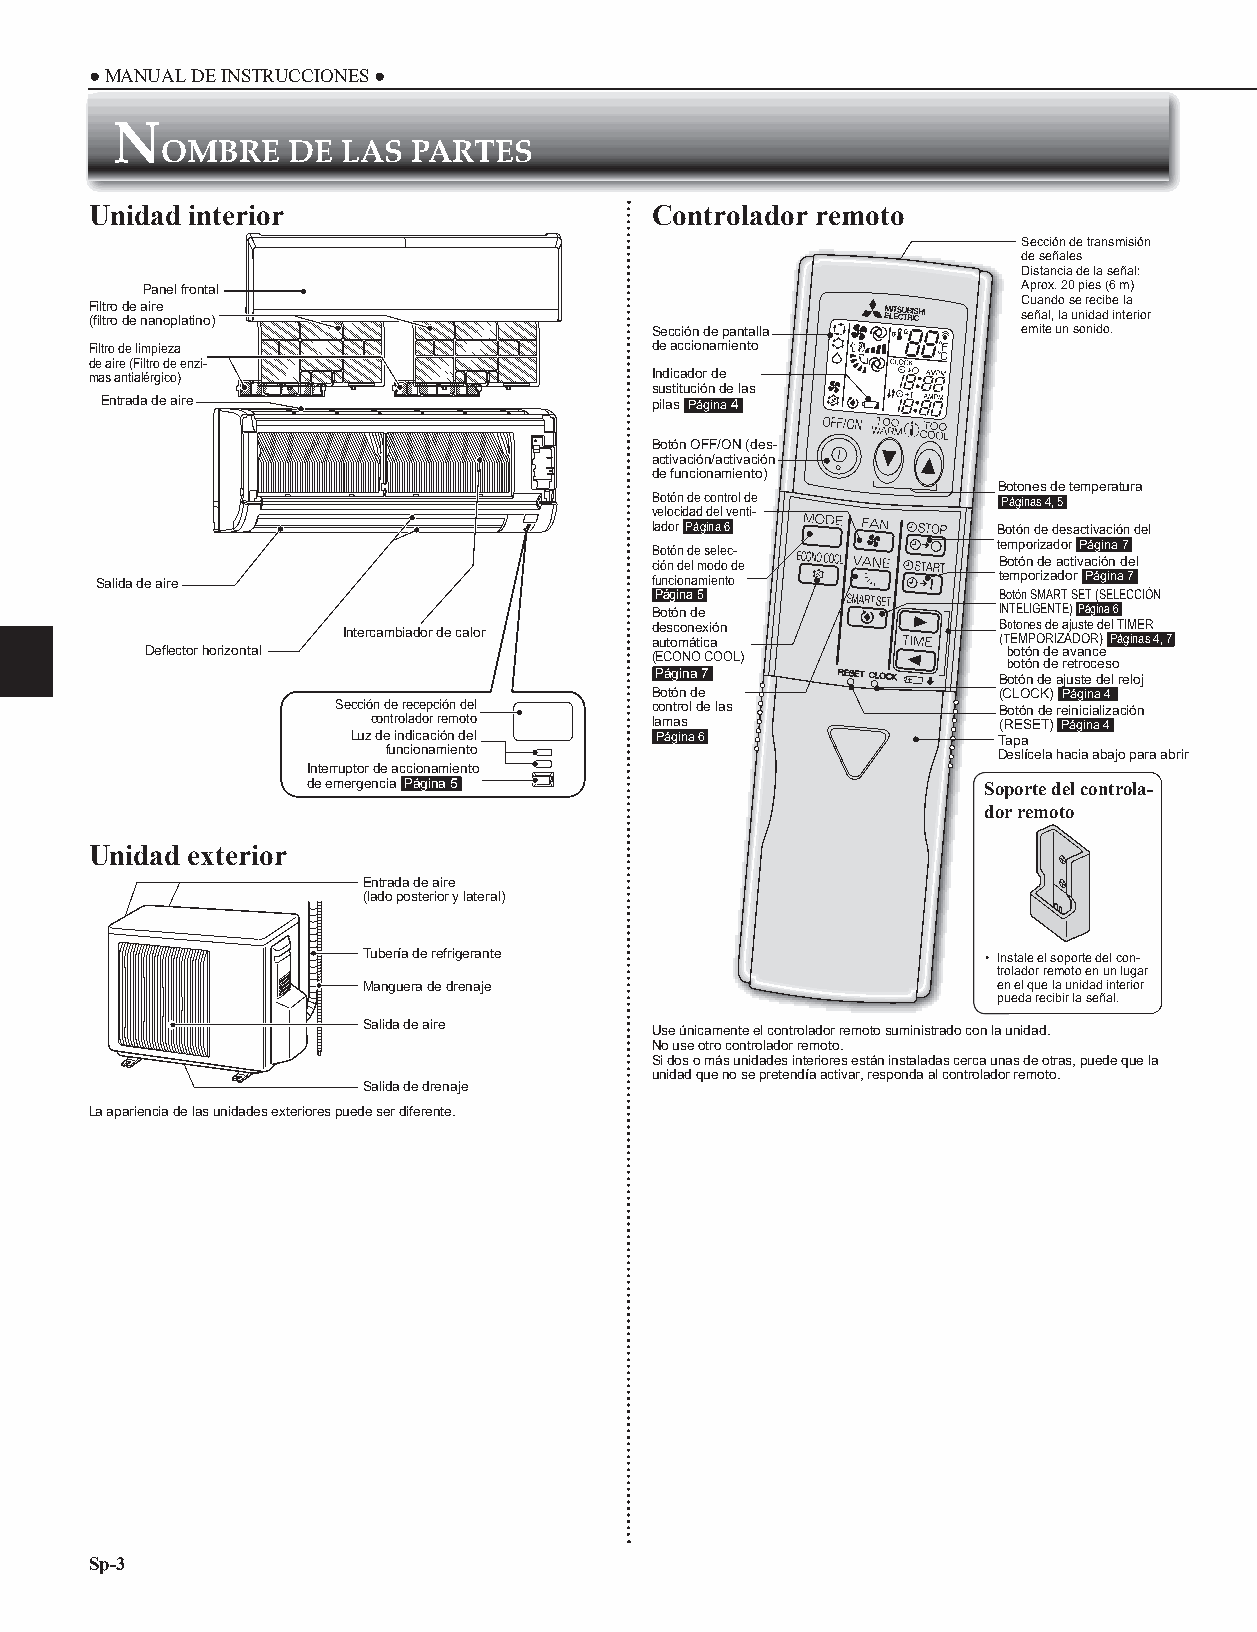
● MANUAL DE INSTRUCCIONES ●
 N
 OMBRE   DE  LAS PARTES
 Unidad interior                      Controlador remoto
 Sección de transmisión
 de señales
 Distancia de la señal:
 Panel frontal                                             Aprox. 20 pies (6 m)
 Filtro de aire                                                Cuando se recibe la
 (fi ltro de nanoplatino)                                      señal, la unidad interior
 Sección de pantalla      emite un sonido.
 Filtro de limpieza                   de accionamiento
 de aire (Filtro de enzi-
 mas antialérgico)                    Indicador de
 sustitución de las
 Entrada de aire                     pilas Página 4
 Botón OFF/ON (des-
 activación/activación
 de funcionamiento)
 Botones de temperatura
 Botón de control de    Páginas 4, 5
 velocidad del venti-
 lador Página 6         Botón de desactivación del
 Botón de selec-        temporizador Página 7
 ción del modo de       Botón de activación del
 Salida de aire                       funcionamiento         temporizador Página 7
 Página 5               Botón SMART SET (SELECCIÓN
 Botón de               INTELIGENTE) Página 6
 Intercambiador de calor desconexión        BBoottoonneess ddee aajjuussttee ddeell TTIIMMEERR
 automática             ((((TTTTEEEEMMMMPPPPOOOORRRRIIIIZZZZAAAADDDDOOOORRRR)))) Páginas 4, 7
 Defl ector horizontal            (ECONO COOL)            bbboootttóóónnn dddeee aaavvvaaannnccceee
 bboottóónn ddee rreettrroocceessoo
 Página 7               Botón de ajuste del reloj
 Botón de               (CLOCK) Página 4
 Sección de recepción del control de las     Botón de reinicialización
 controlador remoto lamas                 (RESET) Página 4
 Luz de indicación del Página 6             Tapa
 funcionamiento                          Deslícela hacia abajo para abrir
 Interruptor de accionamiento
 de emergencia Página 5                       Soporte del controla-
 dor remoto
 Unidad exterior
 Entrada de aire
 (lado posterior y lateral)
 Tubería de refrigerante                  • Instale el soporte del con-
 trolador remoto en un lugar
 Manguera de drenaje                       en el que la unidad interior
 pueda recibir la señal.
 Salida de aire     Use únicamente el controlador remoto suministrado con la unidad.
 No use otro controlador remoto.
 Si dos o más unidades interiores están instaladas cerca unas de otras, puede que la
 unidad que no se pretendía activar, responda al controlador remoto.
 Salida de drenaje
 La apariencia de las unidades exteriores puede ser diferente.
 Sp-3
 JG79Y191H02_es.indd 3                                                     2019/07/17 15:36:14